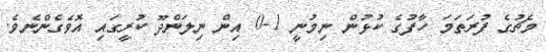
މެޗުގެ ފުރަތަމަ ހާފުގެ ކުޅުން ނިމުނީ 1-0 އިން ނިލަންދޫ ކުރީގައި އޮވެގެންނެވެ.